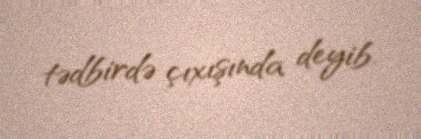
tədbirdə çıxışında deyib.